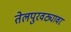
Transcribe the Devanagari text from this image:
तेलपुरवठ्यावर